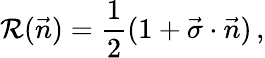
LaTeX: {\cal R}(\vec{n})={\frac{1}{2}}(1+\vec{\sigma}\cdot\vec{n})\, ,